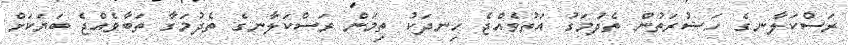
ރަސްކަލާނގެ ހަޟުރަތުން ތެދުމަގު އަތުވެއްޖެ ހިނދަކު ތިމަން ރަސްކަލާނގެ ތެދުމަގާ ތަބާވެއްޖެ ބަޔަކަށް